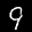
Label: 9